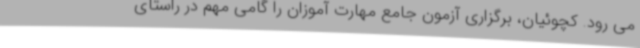
می رود. کچوئیان، برگزاری آزمون جامع مهارت آموزان را گامی مهم در راستای